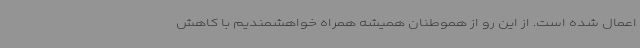
اعمال شده است. از این رو از هموطنان همیشه همراه خواهشمندیم با کاهش